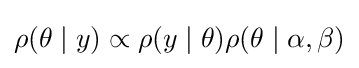
\rho (\theta \mid y)\propto \rho (y\mid \theta )\rho (\theta \mid \alpha ,\beta )